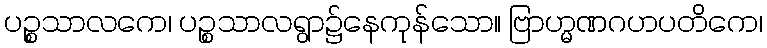
ပဉ္စသာလကေ၊ ပဉ္စသာလရွာ၌နေကုန်သော။ ဗြာဟ္မဏဂဟပတိကေ၊